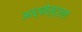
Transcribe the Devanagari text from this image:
आर्केस्ट्रल